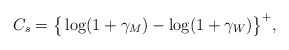
\begin{align*}C_{s} = \big\{\log(1+\gamma_{M})-\log(1+\gamma_{W})\big\}^{+},\end{align*}